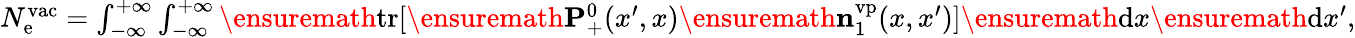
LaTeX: \begin{array}{r}{N_{\mathrm{e}}^{\mathrm{vac}}=\int_{-\infty}^{+\infty}\int_{-\infty}^{+\infty}\ensuremath{\mathrm{tr}}[\ensuremath{\mathbf{P}}_{+}^{0}(x^{\prime},x)\ensuremath{\mathbf{n}}_{1}^{\mathrm{vp}}(x,x^{\prime})]\ensuremath{\mathrm{d}}x\ensuremath{\mathrm{d}}x^{\prime},}\end{array}